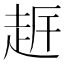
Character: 𧻀